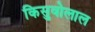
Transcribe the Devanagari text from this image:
किसुवोलाल